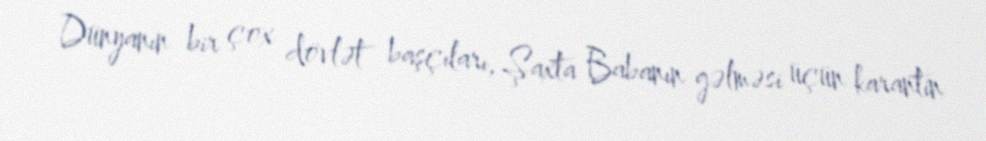
Dünyanın bir çox dövlət başçıları, Şaxta Babanın gəlməsi üçün karantin